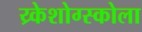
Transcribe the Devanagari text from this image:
य्र्केशोग्स्कोला